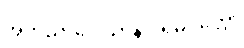
အဘိညာဝေါသာနပါရမိပ္ပတ္တော